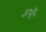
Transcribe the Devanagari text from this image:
अभीे